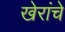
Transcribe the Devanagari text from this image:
खेरांचे